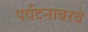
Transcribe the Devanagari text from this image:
पर्यटनावरचे